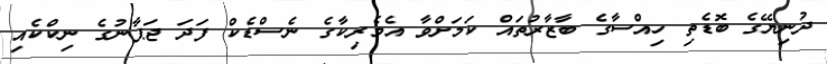
ދުނިޔޭގެ ބޮޑެތި ހިއްސާގެ ބާޒާރުތައް ކަމަށްވާ އެމެރިކާގެ ނެސްޑެކް ފަދަ ޖަޕާނުގެ ނިކްކެއި